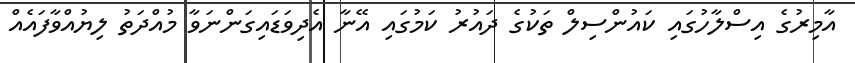
އާމިރުގެ އިސްލާހުގައި ކައުންސިލް ތަކުގެ ދައުރު ކަމުގައި އޭނާ އެދިވަޑައިގަންނަވާ މުއްދަތު ލިޔުއްވާފައެއް